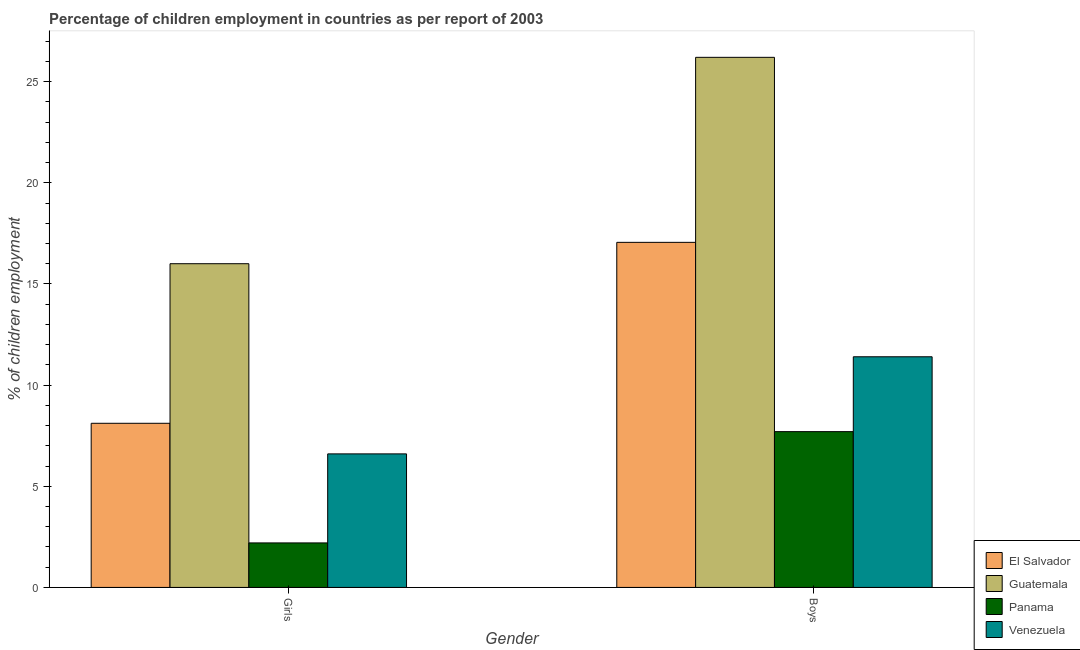
| Gender | El Salvador | Guatemala | Panama | Venezuela |
 | --- | --- | --- | --- | --- |
 | Girls | 8.11 | 16 | 2.2 | 6.6 |
 | Boys | 17.1 | 26.2 | 7.7 | 11.4 |